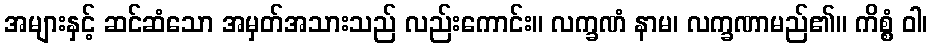
အများနှင့် ဆင်ဆံသော အမှတ်အသားသည် လည်းကောင်း။ လက္ခဏံ နာမ၊ လက္ခဏာမည်၏။ ကိစ္စံ ဝါ၊